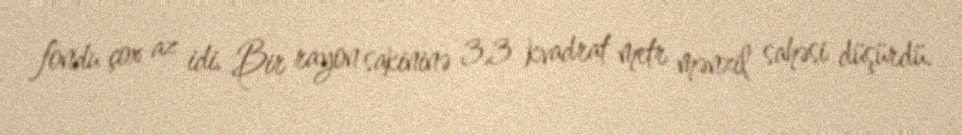
fondu çox az idi. Bir rayon sakininə 3,3 kvadrat metr mənzil sahəsi düşürdü.